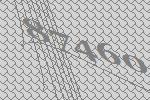
87460